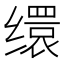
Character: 缳